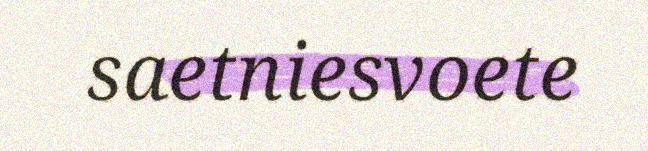
saetniesvoete